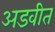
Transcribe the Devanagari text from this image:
अडवीत